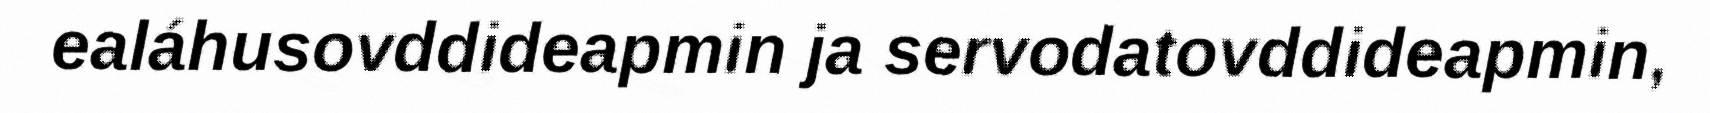
ealáhusovddideapmin ja servodatovddideapmin,